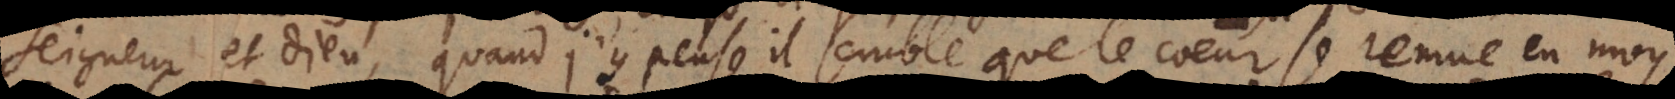
Seigneur et Dieu, quand j’y pense, il semble que le coeur se remue en moy